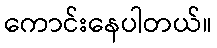
ကောင်းနေပါတယ်။